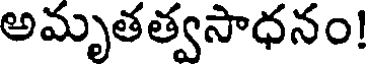
అమృతత్వసాధనం!